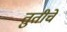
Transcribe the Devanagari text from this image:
तुतीचे